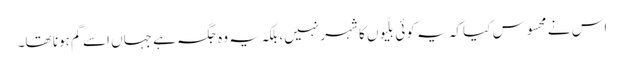
اس نے محسوس کیا کہ یہ کوئی بلّیوں کا شہر نہیں، بلکہ یہ وہ جگہ ہے جہاں اسے گم ہونا تھا۔